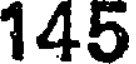
145